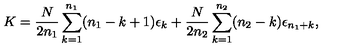
K = { \frac { N } { 2 n _ { 1 } } } \sum _ { k = 1 } ^ { n _ { 1 } } ( n _ { 1 } - k + 1 ) \epsilon _ { k } + { \frac { N } { 2 n _ { 2 } } } \sum _ { k = 1 } ^ { n _ { 2 } } ( n _ { 2 } - k ) \epsilon _ { n _ { 1 } + k } ,